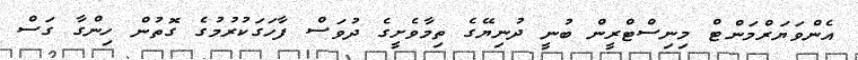
އެންވަޔަރްމަންޓް މިނިސްޓްރީން ބުނީ ދުނިޔޭގެ ތިމާވެށީގެ ދުވަސް ފާހަގަކުރުމުގެ ގޮތުން ހިންގާ ގަސް